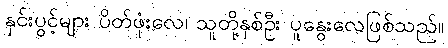
နှင်းပွင့်များ ပိတ်ဖုံးလေ၊ သူတို့နှစ်ဦး ပူနွေးလေဖြစ်သည်။